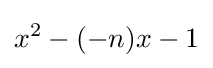
x^{2}-(-n)x-1